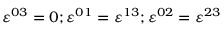
\varepsilon ^ { 0 3 } = 0 ; \varepsilon ^ { 0 1 } = \varepsilon ^ { 1 3 } ; \varepsilon ^ { 0 2 } = \varepsilon ^ { 2 3 }